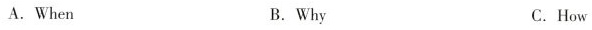
A.When B.Why C.How